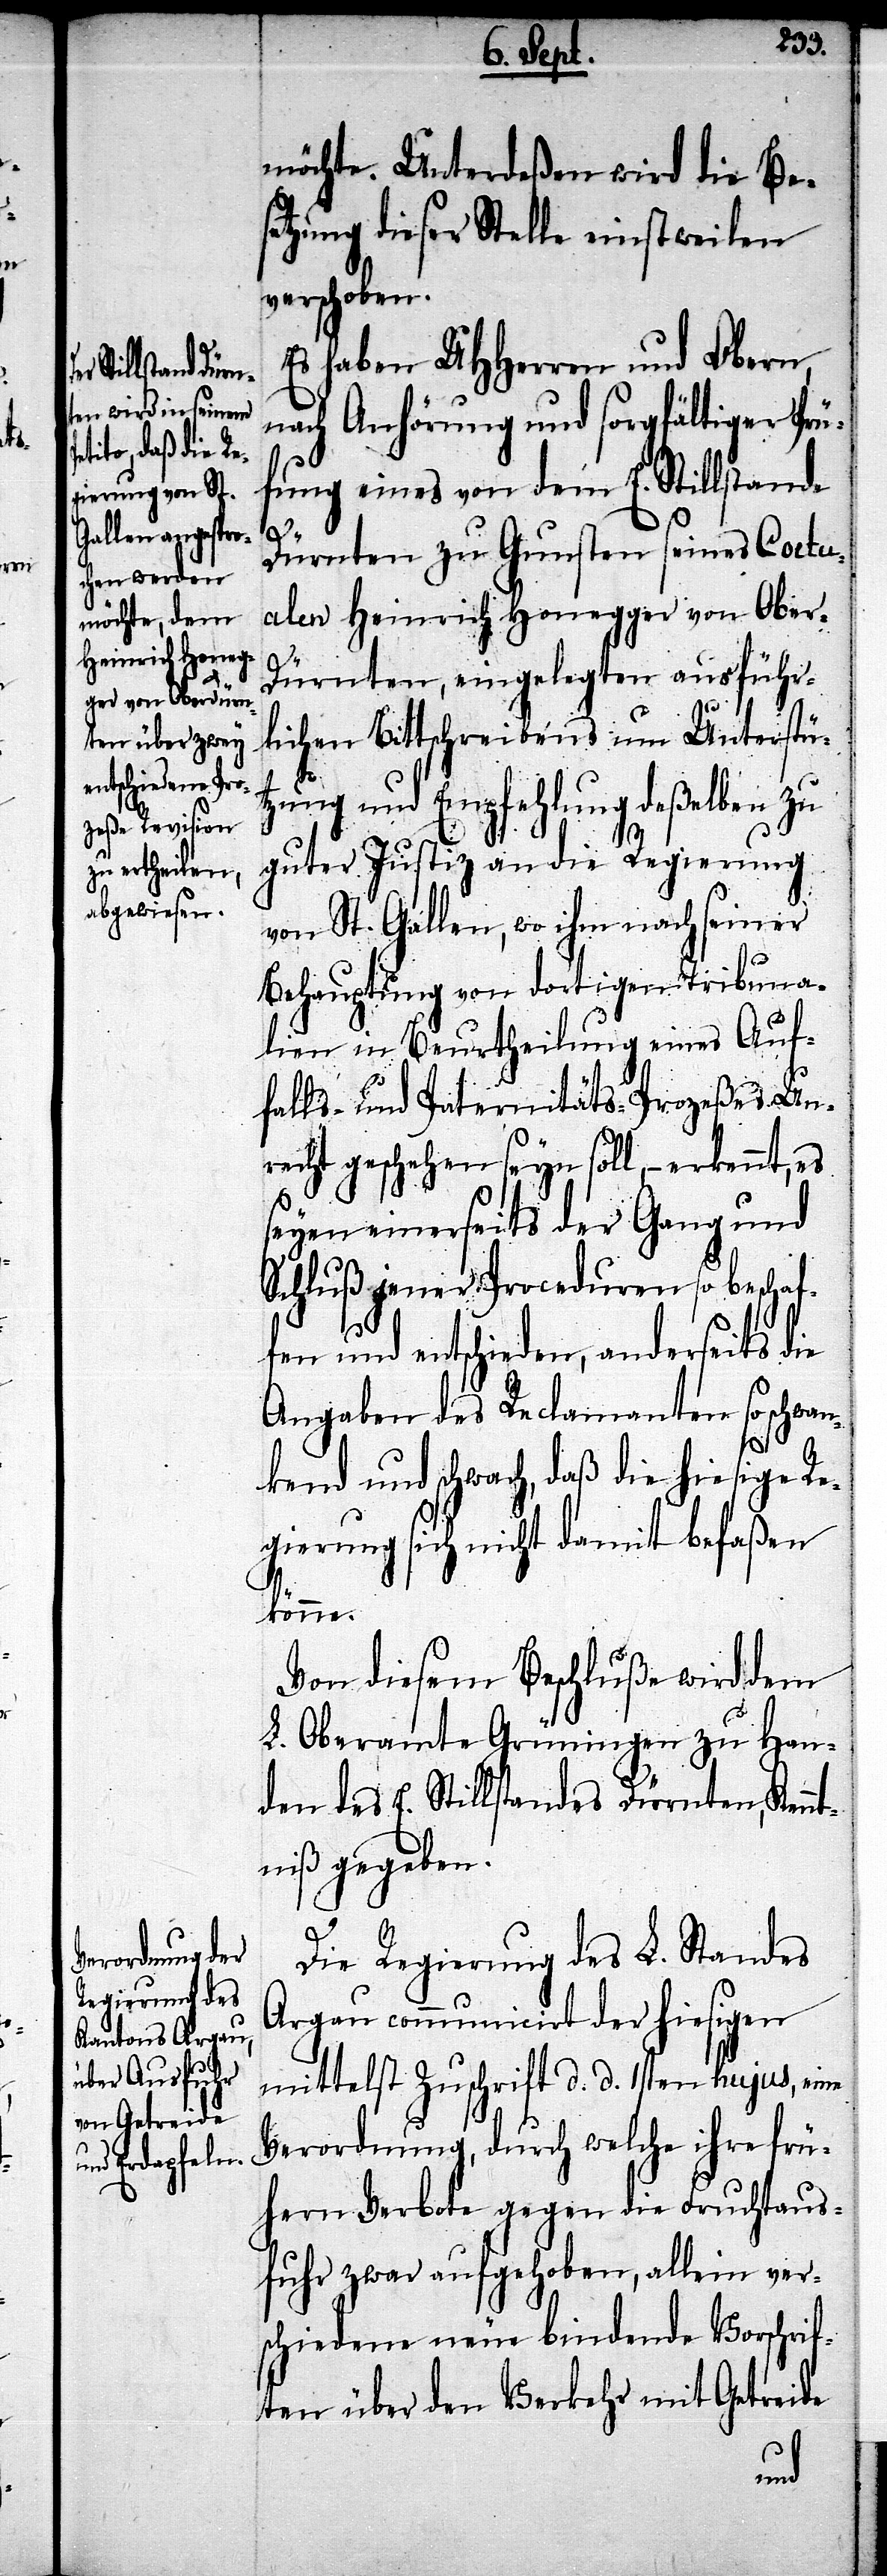
möchte. Unterdeßen wird die Bes¬
etzung dieser Stelle einstweilen
verschoben.
Es haben UHHerren und Obern
nach Anhörung und sorgfältiger Prü¬
fung eines von dem E. Stillstande
Dürnten zu Gunsten seines Coctu¬
alen Heinrich Honegger von Ober-D¬
ürnten, eingelegten ausführ¬
lichen Bittschreibens um Unterstüt¬
zung und Empfehlung deßelben zu
guter Justiz an die Regierung
von St. Gallen, wo ihm nach seiner
Behauptung von dortigen Tribuna¬
lien in Beurtheilung eines Auf¬
fall- und Paternitäts-Prozeßes Un¬
recht geschehen seyn soll, – erkennt, es
seyen einerseits der Gang und
Schluß jener Proceduren so beschaf¬
fen und entschieden, anderseits die
Angaben des Reclamanten so schwa¬
nkend und schwach, daß die hiesige Re¬
gierung sich nicht damit befaßen
könne.
Von diesem Beschluße wird dem
L. Oberamte Grüningen zu Han¬
den des E. Stillstandes Dürnten, Kennt¬
niß gegeben.
Die Regierung des L. Standes
Argau communicirt der hiesigen
mittelst Zuschrift d. d. 1sten hujus, ei¬
Verordnung, durch welche ihre frü¬
hern Verbote gegen die Fruchtaus¬
fuhr zwar aufgehoben, allein ver¬
schiedene neue bindende Vorschrif¬
ten über den Verkehr mit Getreide
ne